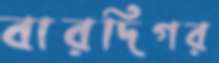
বারদিগর